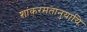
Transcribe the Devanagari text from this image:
शांकरमतानुयायि